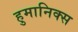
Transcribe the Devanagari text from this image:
हुमानिक्स